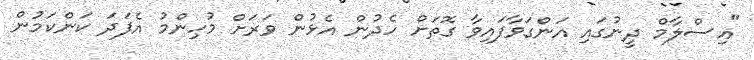
"އިސްލާމް ދީނުގައި އަންގަވާފައިވާ ގޮތަށް ހެދުން އެޅުން ވަރަށް މުހިންމު އެފަދަ ކަންކަމުން